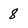
Character: 8